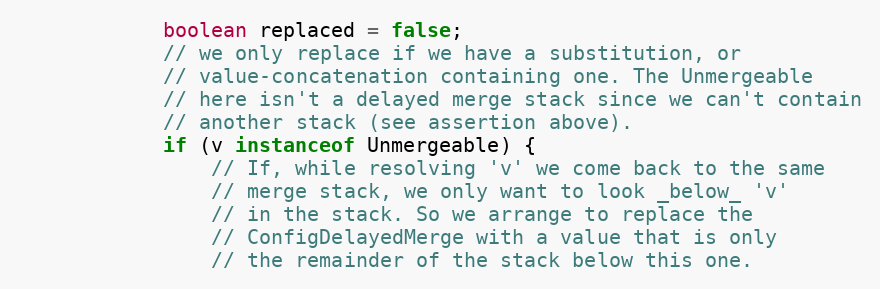
Language: Java
            boolean replaced = false;
            // we only replace if we have a substitution, or
            // value-concatenation containing one. The Unmergeable
            // here isn't a delayed merge stack since we can't contain
            // another stack (see assertion above).
            if (v instanceof Unmergeable) {
                // If, while resolving 'v' we come back to the same
                // merge stack, we only want to look _below_ 'v'
                // in the stack. So we arrange to replace the
                // ConfigDelayedMerge with a value that is only
                // the remainder of the stack below this one.